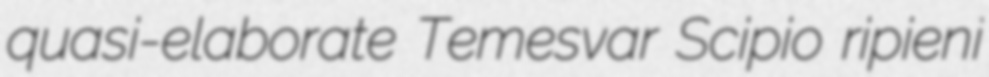
quasi-elaborate Temesvar Scipio ripieni